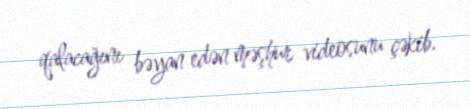
qalacağını bəyan edən məşhur videosunu çəkib.